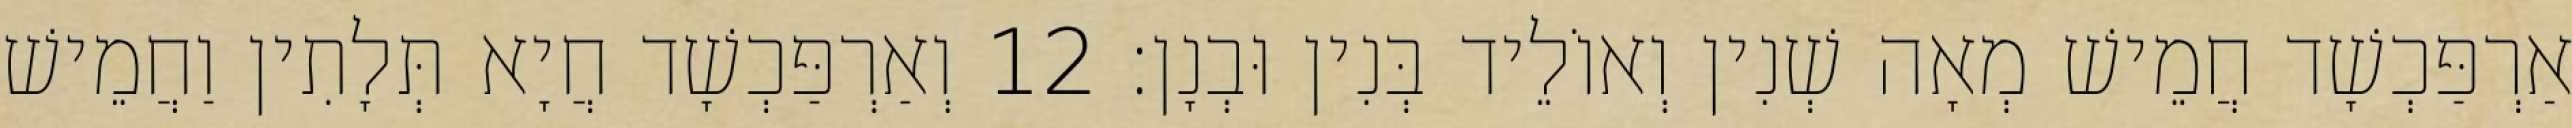
אַרְפַּכְשָׁד חֲמֵישׁ מְאָה שְׁנִין וְאוֹלֵיד בְּנִין וּבְנָן׃ 12 וְאַרְפַּכְשָׁד חֲיָא תְּלָתִין וַחֲמֵישׁ